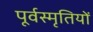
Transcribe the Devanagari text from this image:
पूर्वस्मृतियों